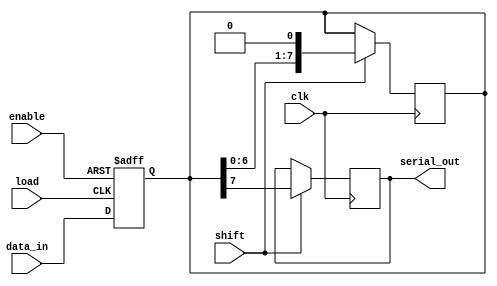
module PISO_Register (
    input wire [7:0] data_in,   // 8-bit parallel data input
    input wire load,            // Load control signal (active high)
    input wire shift,           // Shift control signal (active high)
    input wire enable,          // Enable control signal (active high)
    input wire clk,             // Clock input (for shifting)
    output reg serial_out       // Serial output
);

    reg [7:0] shift_reg;        // Internal shift register to hold data

    // Loading data asynchronously
    always @(posedge load or negedge enable) begin
        if (!enable) begin
            shift_reg <= 8'b0;  // Clear shift register if disabled
        end else begin
            shift_reg <= data_in; // Load data into shift register
        end
    end

    // Shifting data out serially
    always @(posedge clk) begin
        if (shift) begin
            serial_out <= shift_reg[7]; // Output the MSB
            shift_reg <= {shift_reg[6:0], 1'b0}; // Shift left
        end
    end

endmodule